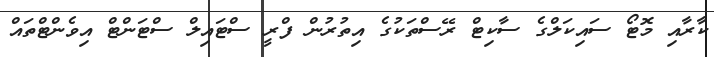
ކާރާއި މޮޓޯ ސައިކަލްގެ ސާކިޓް ރޭސްތަކުގެ އިތުރުން ފްރީ ސްޓައިލް ސްޓަންޓް އިވެންޓްތައް